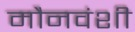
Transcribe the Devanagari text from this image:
मौनवंशी